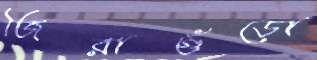
জিরাগুঁড়ো